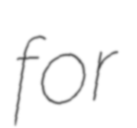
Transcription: for